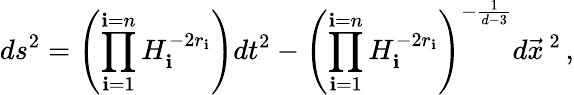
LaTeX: ds^{2}=\left(\prod_{\mathbf{i}=1}^{\mathbf{i}=n}H_{\mathbf{i}}^{-2r_{\mathbf{i}}}\right)dt^{2}-\left(\prod_{\mathbf{i}=1}^{\mathbf{i}=n}H_{\mathbf{i}}^{-2r_{\mathbf{i}}}\right)^{-\frac{{1}}{{d-3}}}d\vec{{x}}^{\ 2}\, ,